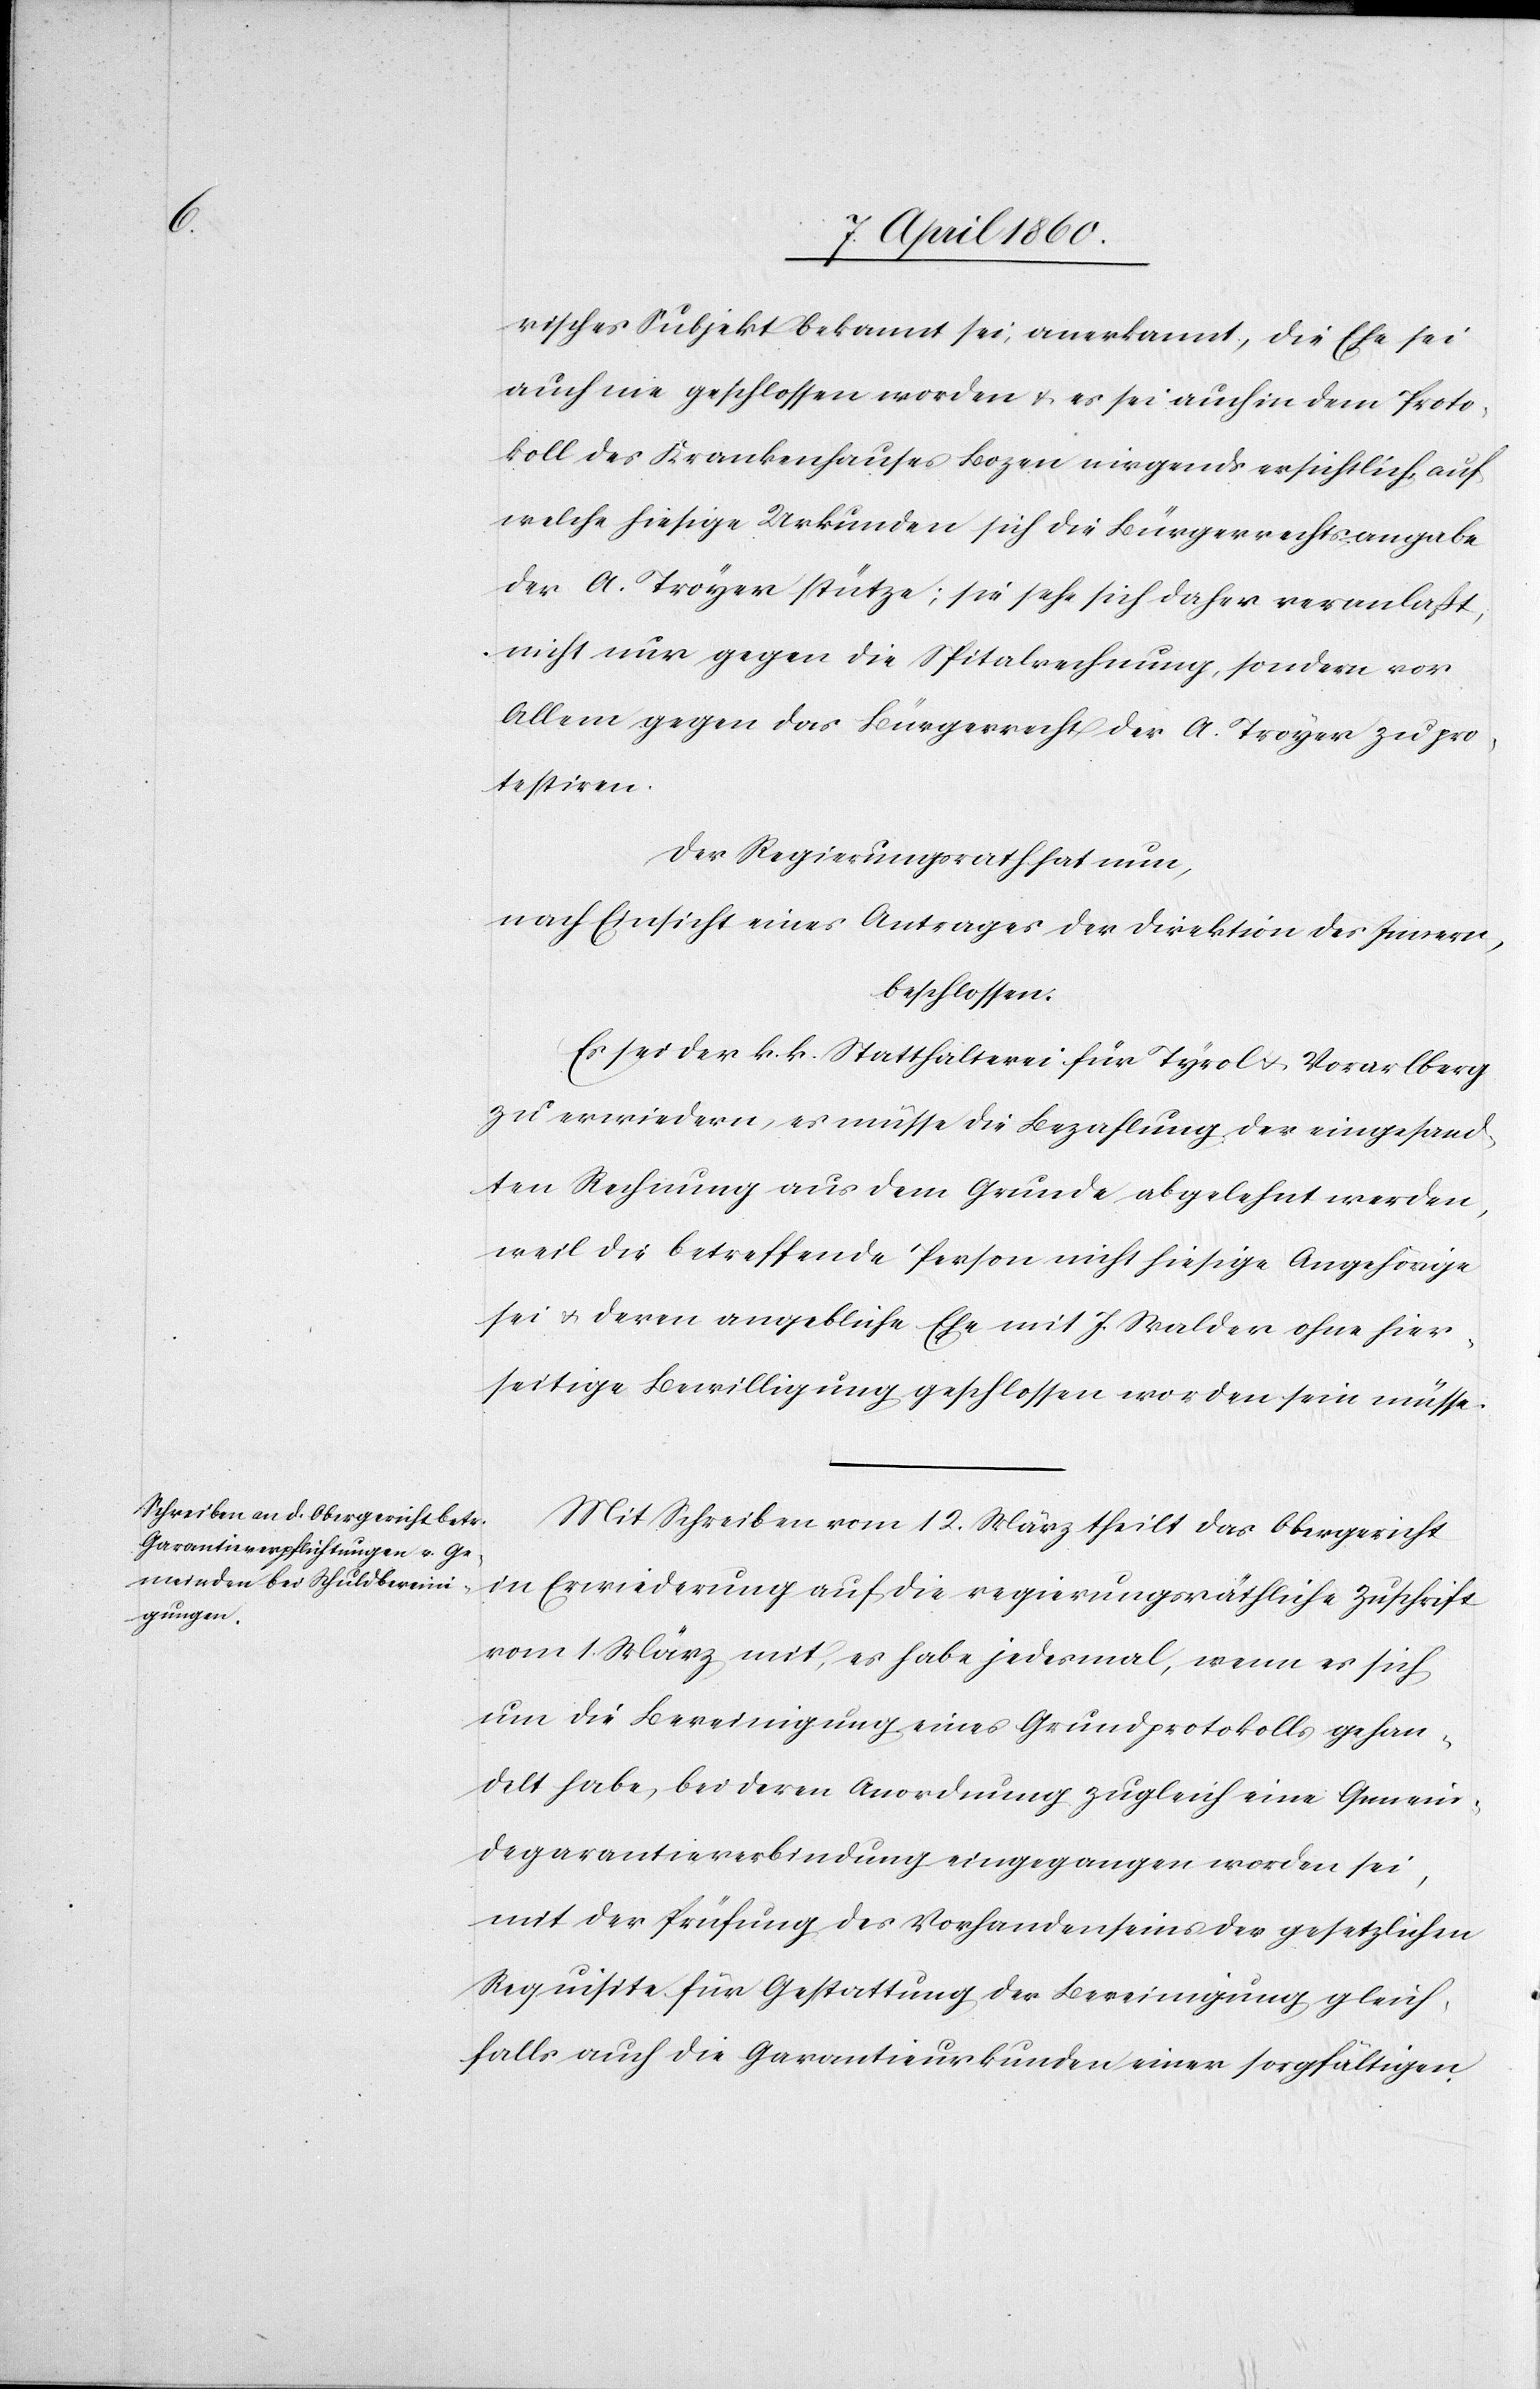
risches Subjekt bekannt sei, anerkannt, die Ehe sei
auch nie geschlossen worden u. es sei auch in dem Proto¬
koll des Krankenhauses Bozen nirgends ersichtlich, auf
welche hiesige Urkunden sich die Bürgerrechtsangabe
der A. Troyer stütze; sie sehe sich daher veranlaßt,
nicht nur gegen die Spitalrechnung, sondern vor
Allem gegen das Bürgerrecht der A. Troyer zu pro¬
testiren.
Der Regierungsrath hat nun,
nach Einsicht eines Antrages der Direktion des Innern,
beschlossen:
Es sei der k. k. Statthalterei für Tyrol u. Vorarlberg
zu erwiedern, es müsse die Bezahlung der eingesand¬
ten Rechnung aus dem Grunde abgelehnt werden,
weil die betreffende Person nicht hiesige Angehörige
sei u. deren angebliche Ehe mit J. Walder ohne hier¬
seitige Bewilligung geschlossen worden sein müsse.
Mit Schreiben vom 12. März theilt das Obergericht
in Erwiederung auf die regierungsräthliche Zuschrift
vom 1. März mit, es habe jedesmal, wenn es sich
um die Bereinigung eines Grundprotokolls gehan¬
delt habe, bei deren Anordnung zugleich eine Gemein¬
degarantieverbindung eingegangen worden sei,
mit der Prüfung des Vorhandenseins der gesetzlichen
Requiste für Gestattung der Bereinigung gleich¬
falls auch die Garantieurkunden einer sorgfältigen